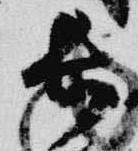
長